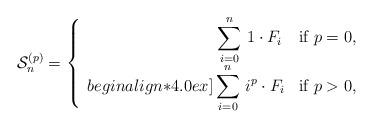
LaTeX: \begin{align*} \mathcal{S}_n^{(p)} = \left\{ \begin{array}{rl}\displaystyle\sum_{i=0}^{n} \, 1 \cdot F_{i} \, & \mbox{if $p=0$},\\begin{align*}4.0ex]\displaystyle\sum_{i=0}^{n} \, i^p \cdot F_{i} & \mbox{if $p>0$},\end{array} \right. \end{align*}